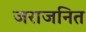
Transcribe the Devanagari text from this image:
जराजनित